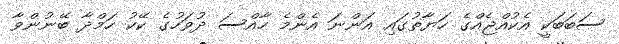
ސަބަބަކީ އެކުއްޖެއްގެ ހަޔާތުގައި އަންނަ އެންމެ ހާއްސަ ދުވަހުގެ ކޭކު ހަމްދާ ބޭނުންވާ